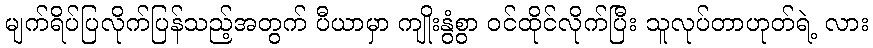
မျက်ရိပ်ပြလိုက်ပြန်သည့်အတွက် ပီယာမှာ ကျိုးနွံစွာ ဝင်ထိုင်လိုက်ပြီး သူလုပ်တာဟုတ်ရဲ့ လား